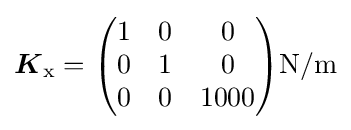
{\boldsymbol {K}}_{\mathrm {x} }={\begin{pmatrix}1&0&0\\0&1&0\\0&0&1000\end{pmatrix}}\mathrm {N/m}